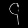
Digit: ၄